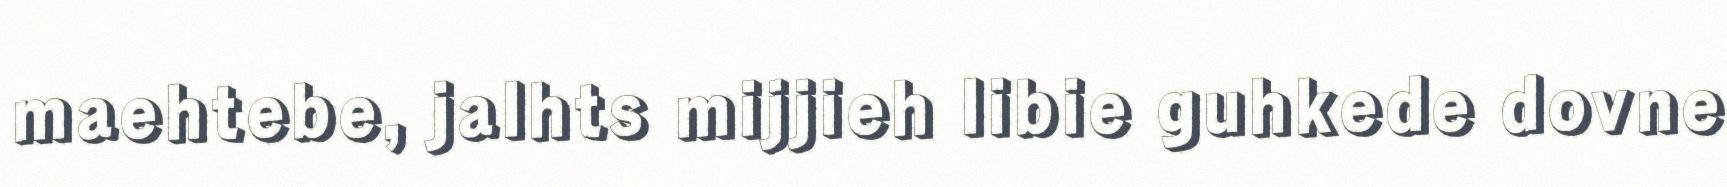
maehtebe, jalhts mijjieh libie guhkede dovne